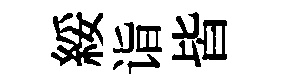
綏诣皆